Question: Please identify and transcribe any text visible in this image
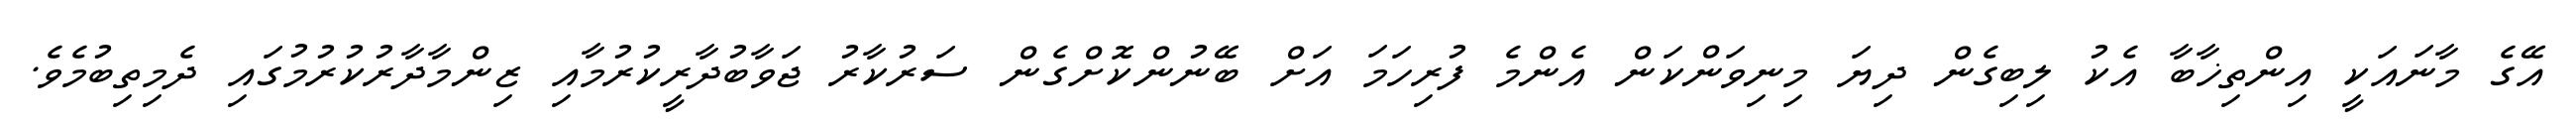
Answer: އޭގެ މާނައަކީ އިންތިޚާބާ އެކު ލިބިގެން ދިޔަ މިނިވަންކަން އެންމެ ފުރިހަމަ އަށް ބޭނުންކޮށްގެން ސަރުކާރު ޖަވާބުދާރީކުރުމާއި ޒިންމާދާރުކުރުމުގައި ދެމިތިބުމެވެ.